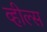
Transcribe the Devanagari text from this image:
व्‍हील्‍स